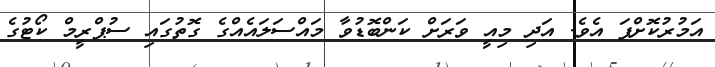
އަމުރުކޮށްފަ އެވެ. އަދި މިއީ ވަރަށް ކަންބޮޑުވާ މައްސަލައެއްގެ ގޮތުގައި ސުޕްރީމް ކޯޓުގެ